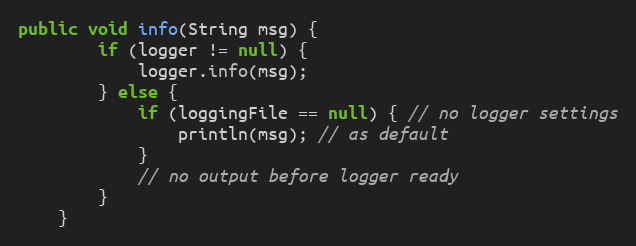
Language: Java
public void info(String msg) {
        if (logger != null) {
            logger.info(msg);
        } else {
            if (loggingFile == null) { // no logger settings
                println(msg); // as default
            }
            // no output before logger ready
        }
    }